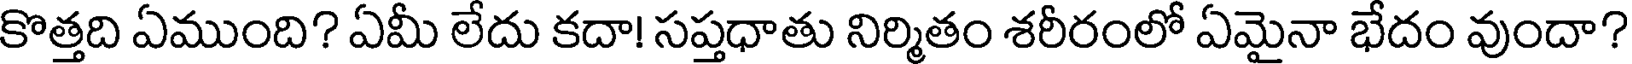
కొత్తది ఏముంది? ఏమీ లేదు కదా! సప్తధాతు నిర్మితం శరీరంలో ఏమైనా భేదం వుందా?